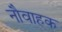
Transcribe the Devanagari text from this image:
नौवाहक